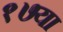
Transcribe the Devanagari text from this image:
१७या